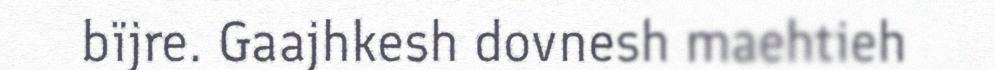
bïjre. Gaajhkesh dovnesh maehtieh